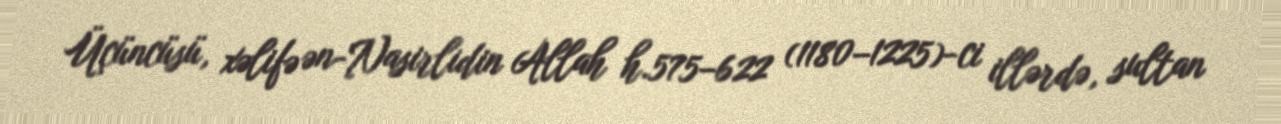
Üçüncüsü, xəlifə ən-Nasirlidin Allah h.575–622 (1180–1225)-ci illərdə, sultan